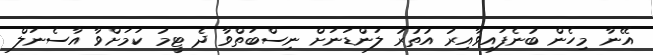
އޭނާ މިހެން ބުނެފައިވާއިރު އުތުރު ލަންޑަނަށް ނިސްބަތްވާ ދެ ޓީމު ކަމަށްވާ އާސެނަލް